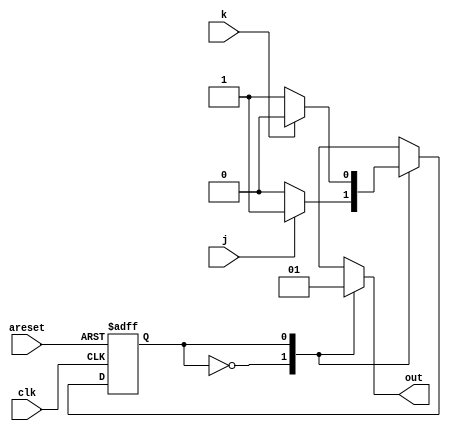
module top_module(
    input clk,
    input areset,    // Asynchronous reset to OFF
    input j,
    input k,
    output out); //  

    parameter OFF=0, ON=1; 
    reg state, next_state;

    always @(*) begin
        case(state)
            OFF: next_state = j ? ON : OFF;
            ON : next_state = k ? OFF : ON;
        endcase
    end

    always @(posedge clk, posedge areset) begin
        if(areset)
            state <= OFF;
        else
            state <= next_state;
    end

    always @(*) begin
        case(state)
            OFF: out = 1'b0;
            ON : out = 1'b1;
        endcase
    end

endmodule